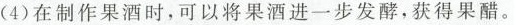
(4)在制作果酒时，可以将果酒进一步发酵，获得果醋。